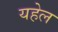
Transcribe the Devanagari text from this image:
यहेल